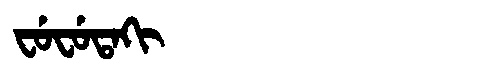
Manchu: ᠸᡠᠸᡠᡨᠠᡴᡳ
Romanization: FUFUTAKI